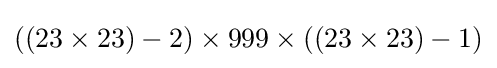
((23\times 23)-2)\times 999\times ((23\times 23)-1)